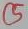
Text: C5